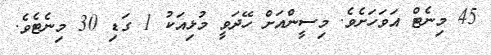
45 މިނެޓް އަވަހަށެވެ. މިސީންއަށް ހޭދަވީ މުޅިއަކު 1 ގަޑި 30 މިނެޓެވެ.